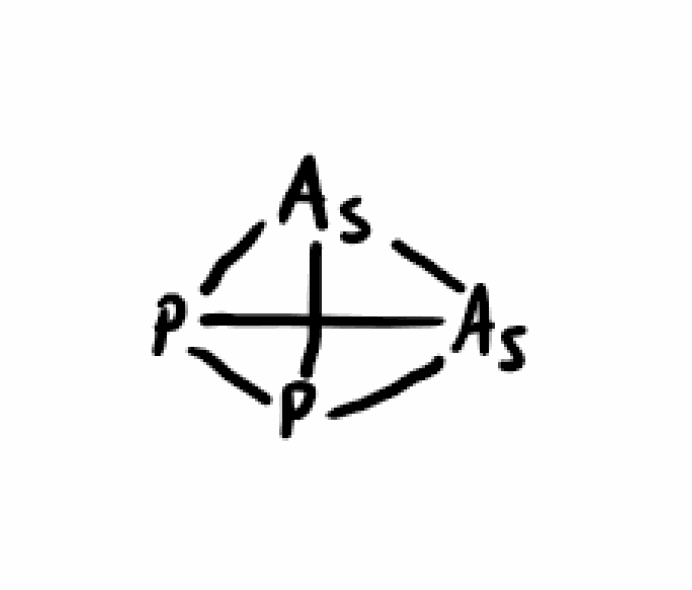
Simplified molecular-input line-entry system (SMILES) notation of the given molecule:
P12P3[As]1[As]23